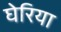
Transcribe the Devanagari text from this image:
घेरिया